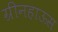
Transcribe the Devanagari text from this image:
ग्रीनहाऊस